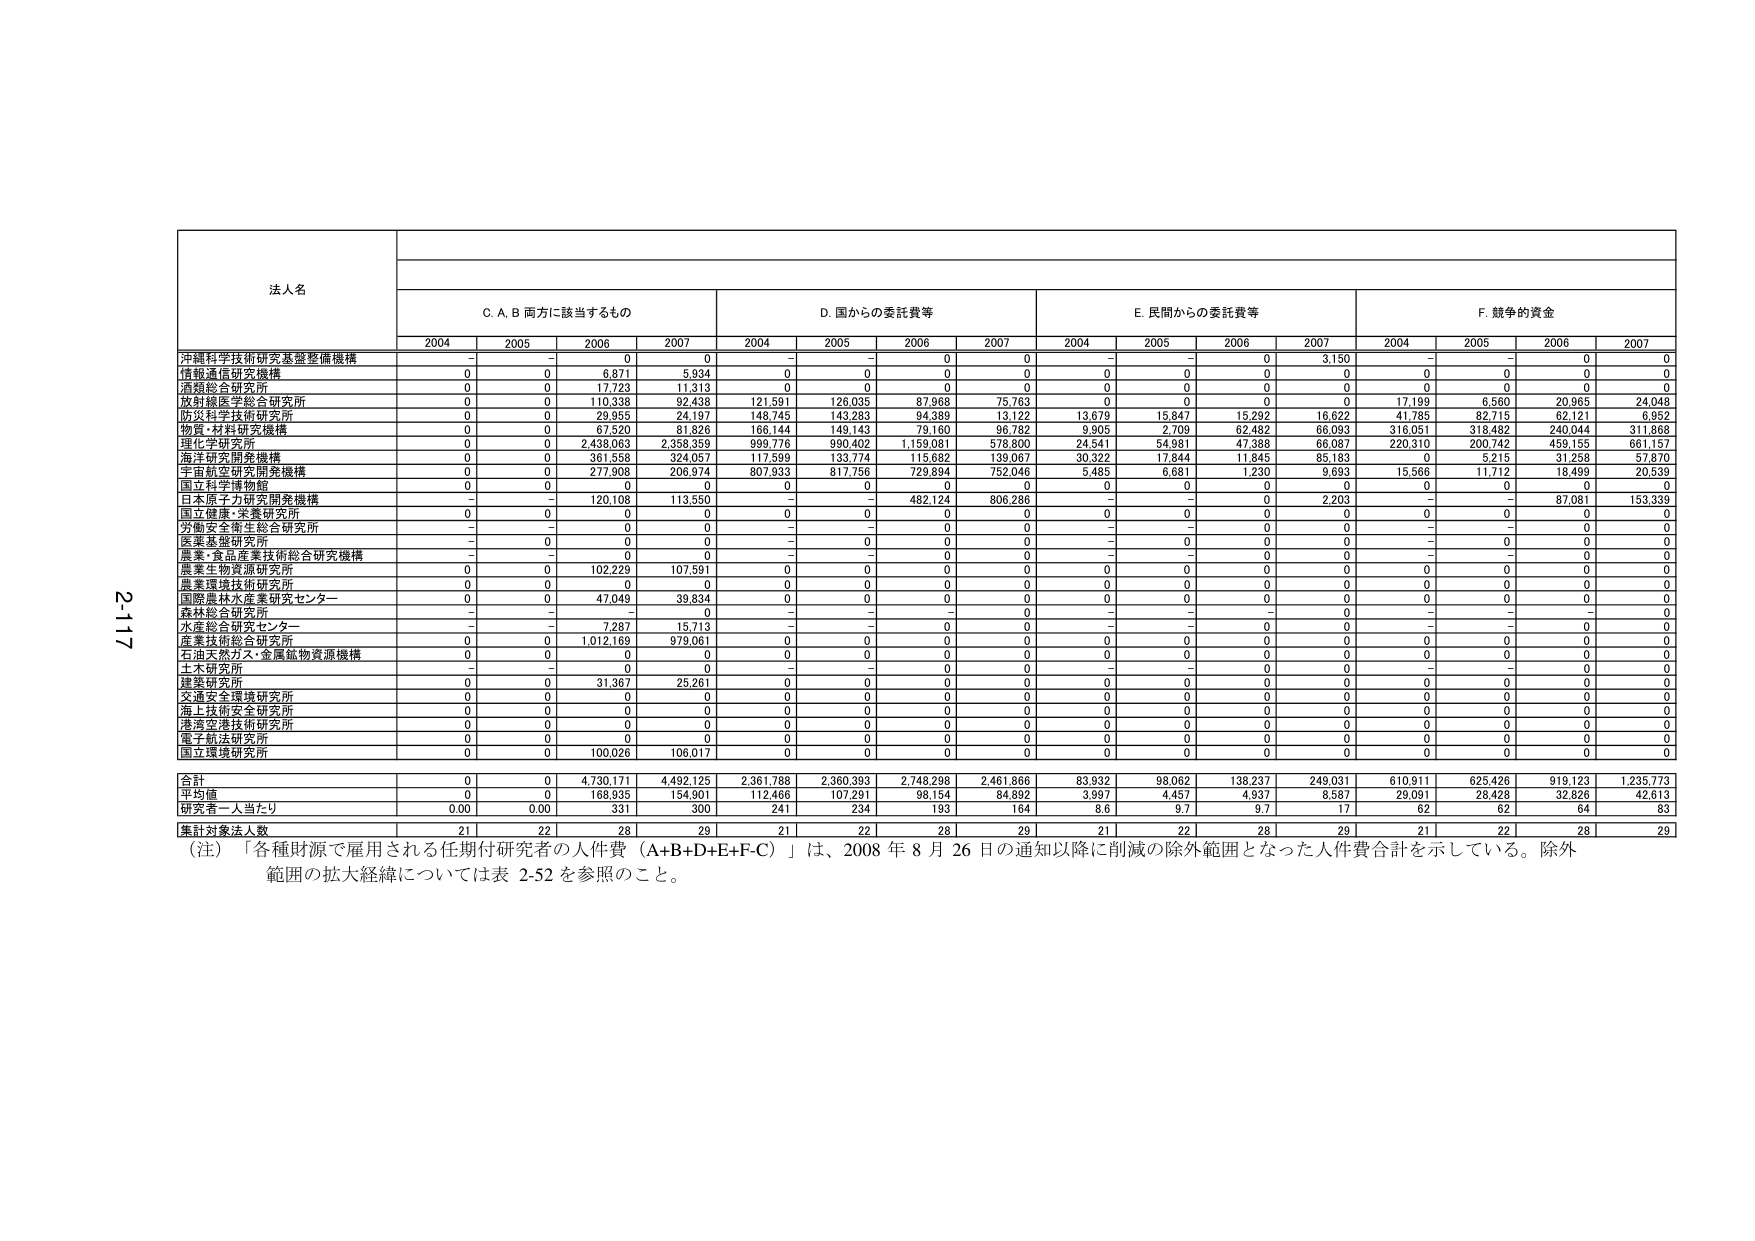
2-117

法人名

C. A, B 両方に該当するもの
D. 国からの委託費等
E. 民間からの委託費等
F. 競争的資金

2004 2005 2006 2007 2004 2005 2006 2007 2004 2005 2006 2007 2004 2005 2006 2007

沖縄科学技術研究基盤整備機構 - - 0 0 - - 0 0 - - 0 3,150 - - 0 0
情報通信研究機構 0 0 6,871 5,934 0 0 0 0 0 0 0 0 0 0 0 0
酒類総合研究所 0 0 17,723 11,313 0 0 0 0 0 0 0 0 0 0 0 0
放射線医学総合研究所 0 0 110,338 92,438 121,591 126,035 87,968 75,763 0 0 0 0 17,199 6,560 20,965 24,048
防災科学技術研究所 0 0 29,955 24,197 148,745 143,283 94,389 13,122 13,679 15,847 15,292 16,622 41,785 82,715 62,121 6,952
物質・材料研究機構 0 0 67,520 81,826 166,144 149,143 79,160 96,782 9,905 2,709 62,482 66,093 316,051 318,482 240,044 311,868
理化学研究所 0 0 2,438,063 2,358,359 999,776 990,402 1,159,081 578,800 24,541 54,981 47,388 66,087 220,310 200,742 459,155 661,167
海洋研究開発機構 0 0 361,558 324,057 117,599 133,774 115,682 139,067 30,322 17,844 11,845 85,183 0 5,215 31,258 57,870
宇宙航空研究開発機構 0 0 277,908 206,974 807,933 817,756 729,894 752,046 5,485 6,681 1,230 9,693 15,566 11,712 18,499 20,539
国立科学博物館 0 0 0 0 0 0 0 0 0 0 0 0 0 0 0 0
日本原子力研究開発機構 - - 120,108 113,550 - - 482,124 806,286 - - 0 2,203 - - 87,081 153,339
国立健康・栄養研究所 0 0 0 0 0 0 0 0 0 0 0 0 0 0 0 0
労働安全衛生総合研究所 - - 0 0 - - 0 0 - - 0 0 - - 0 0
医薬基盤研究所 - 0 0 0 - 0 0 0 - 0 0 0 - 0 0 0
農業・食品産業技術総合研究機構 - - 0 0 - - 0 0 - - 0 0 - - 0 0
農業生物資源研究所 0 0 102,229 107,591 0 0 0 0 0 0 0 0 0 0 0 0
農業環境技術研究所 0 0 0 0 0 0 0 0 0 0 0 0 0 0 0 0
国際農林水産業研究センター 0 0 47,049 39,834 0 0 0 0 0 0 0 0 0 0 0 0
森林総合研究所 - - - 0 - - - 0 - - - 0 - - - 0
水産総合研究センター - - 7,287 15,713 - - 0 0 - - 0 0 - - 0 0
産業技術総合研究所 0 0 1,012,169 979,061 0 0 0 0 0 0 0 0 0 0 0 0
石油天然ガス・金属鉱物資源機構 0 0 0 0 0 0 0 0 0 0 0 0 0 0 0 0
土木研究所 - - 0 0 - - 0 0 - - 0 0 - - 0 0
建築研究所 0 0 31,367 25,261 0 0 0 0 0 0 0 0 0 0 0 0
交通安全環境研究所 0 0 0 0 0 0 0 0 0 0 0 0 0 0 0 0
海上技術安全研究所 0 0 0 0 0 0 0 0 0 0 0 0 0 0 0 0
港湾空港技術研究所 0 0 0 0 0 0 0 0 0 0 0 0 0 0 0 0
電子航法研究所 0 0 0 0 0 0 0 0 0 0 0 0 0 0 0 0
国立環境研究所 0 0 100,026 106,017 0 0 0 0 0 0 0 0 0 0 0 0

合計 0 0 4,730,171 4,492,125 2,361,788 2,360,393 2,748,298 2,461,866 83,932 98,062 138,237 249,031 610,911 625,428 919,123 1,235,773
平均値 0 0 168,935 154,901 112,466 107,291 98,154 84,892 3,997 4,457 4,937 8,587 29,091 28,428 32,826 42,613
研究者一人当たり 0.00 0.00 331 300 241 234 193 164 8.6 9.7 9.7 17 62 62 64 83
累計対象法人数 21 22 28 29 21 22 28 29 21 22 28 29 21 22 28 29

（注）「各種財源で雇用される任期付研究者の人件費（A+B+D+E+F-C）」は、2008 年 8 月 26 日の通知以降に削減の除外範囲となった人件費合計を示している。除外範囲の拡大経緯については表 2-52 を参照のこと。